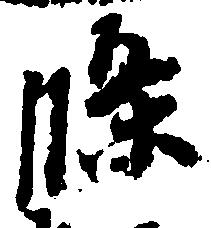
条